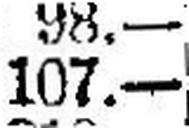
107.—